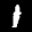
Label: 1